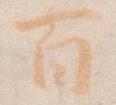
百